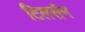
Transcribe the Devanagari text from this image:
टिलर्सन